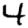
Digit: 4